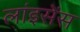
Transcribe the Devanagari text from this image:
लांइसेंस